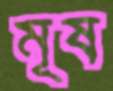
মূষ